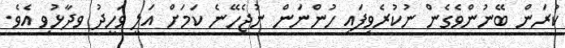
ކުރަން ބޭނުންވެގެން ނުކުރެވިފައި ހުންނަން ނުޖެހޭނެ ކަމަށް އަލީ ވަހީދު ވދާޅުވި އެވެ.